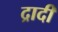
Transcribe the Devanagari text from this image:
द्रादी